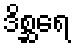
ဒိစ္ဆရေ